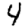
Digit: 4